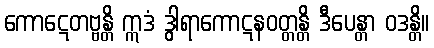
ကောဋေတဗ္ဗန္တိ ဣဒံ ဒွါရာကောဋနဝတ္တန္တိ ဒီပေန္တာ ဝဒန္တိ။